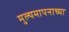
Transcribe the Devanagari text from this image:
मुल्यमापनाच्या